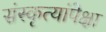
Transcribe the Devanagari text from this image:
संस्कृत्यांपेक्षा